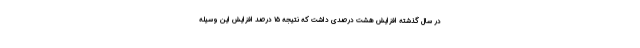
در سال گذشته افزایش هشت درصدی داشت که نتیجه ۱۵ درصد افزایش این وسیله